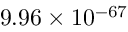
9 . 9 6 \times 1 0 ^ { - 6 7 }